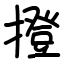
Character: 撜